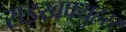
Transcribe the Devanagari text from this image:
राइखफ्युहरर